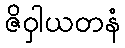
ဇိဝှါယတနံ